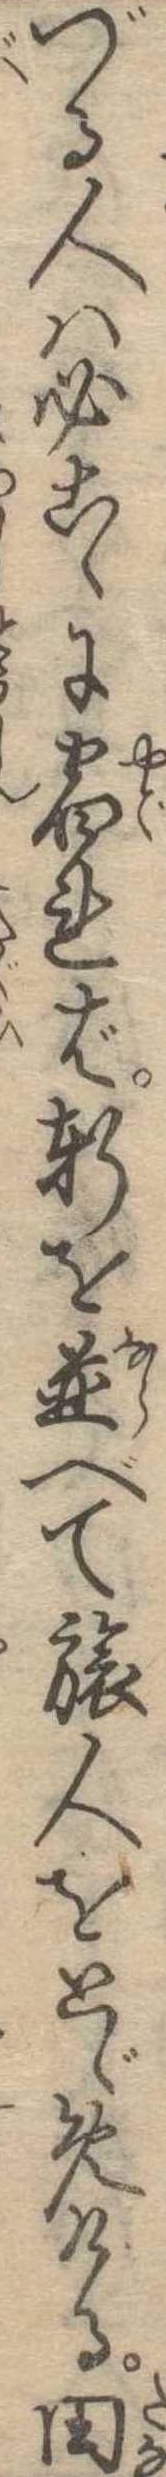
づる人は必こゝに宿れば軒を並べて旅人をとゞめける田